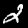
Label: 2